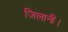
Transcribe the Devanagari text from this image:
जिलानी।